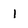
Character: l